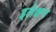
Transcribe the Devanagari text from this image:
इलेक्षन